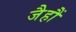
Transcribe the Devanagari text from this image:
जैहौं